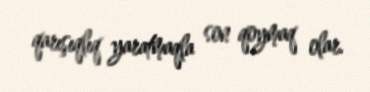
qarışıqlıq yaratmaqla son qoymaq olar.